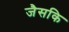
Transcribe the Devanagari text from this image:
जैसकि